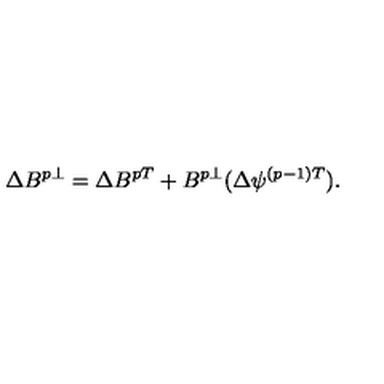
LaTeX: \Delta B ^ { p \perp } = \Delta B ^ { p T } + B ^ { p \perp } ( \Delta \psi ^ { ( p - 1 ) T } ) .